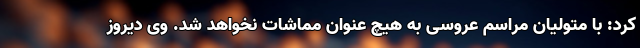
کرد: با متولیان مراسم عروسی به هیچ عنوان مماشات نخواهد شد. وی دیروز